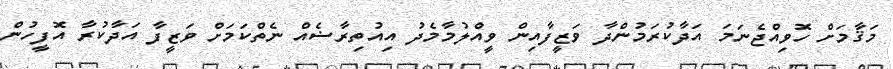
މަޤާމަށް ހޮވިއްޖެނަމަ އަދާކުރަމުންދާ ވަޒީފާއިން ވީއްލުމާމެދު އިއުތިރާޟެއް ނެތްކަމަށް ވަޒީފާ އަދާކުރާ އޮފީހުން